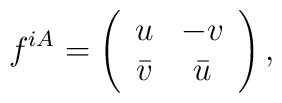
f^{iA} = \left(\begin{array}{cc} u & -v \\ \bar v & \bar u \end{array} \right),